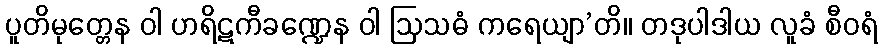
ပူတိမုတ္တေန ဝါ ဟရိဋကီခဏ္ဍေန ဝါ ဩသဓံ ကရေယျာ’တိ။ တဒုပါဒါယ လူခံ စီဝရံ